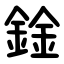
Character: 鍂